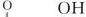
O OH